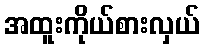
အထူးကိုယ်စားလှယ်